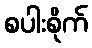
စပါးစိုက်